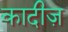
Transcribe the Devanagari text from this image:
कादीज़